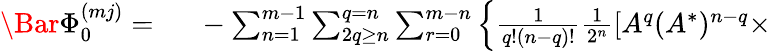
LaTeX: \begin{array}{rl}{\Bar{\Phi}_{0}^{(mj)}=~}&{{}-\sum_{n=1}^{m-1}\sum_{2q\geq n}^{q=n}\sum_{r=0}^{m-n}\left\{ \frac{1}{q!(n-q)!}\frac{1}{2^{n}}\left[A^{q}(A^{*})^{n-q}\right.\right.\times}\end{array}